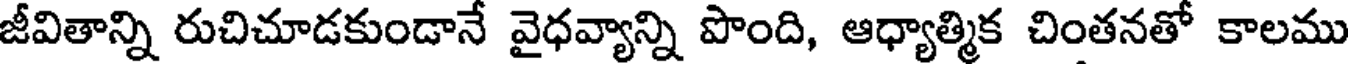
జీవితాన్ని రుచిచూడకుండానే వైధవ్యాన్ని పొంది, ఆధ్యాత్మిక చింతనతో కాలము